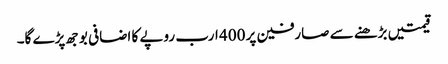
قیمتیں بڑھنے سے صارفین پر 400 ارب روپے کا اضافی بوجھ پڑے گا۔